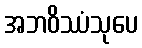
အဘဝိဿံသုပေ